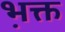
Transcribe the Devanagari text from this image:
भ़क्त